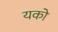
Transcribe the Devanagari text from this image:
यको